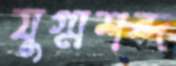
যুগ্মশব্দ